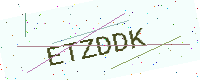
Text: ETZDDK